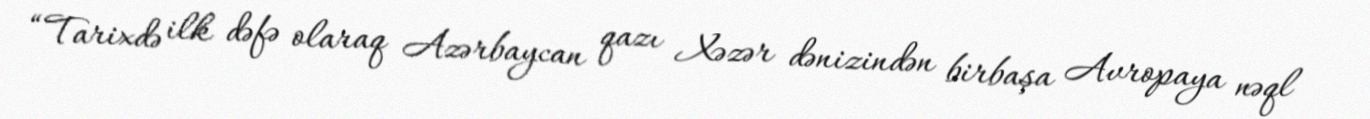
“Tarixdə ilk dəfə olaraq Azərbaycan qazı Xəzər dənizindən birbaşa Avropaya nəql